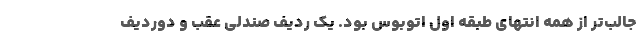
جالب‌تر از همه انتهای طبقه اول اتوبوس بود. یک ردیف صندلی عقب و دوردیف